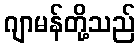
ဂျာမန်တို့သည်